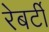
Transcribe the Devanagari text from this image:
रेबर्टी